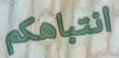
انتباهكم